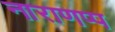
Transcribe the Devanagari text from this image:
नाराणप्प